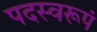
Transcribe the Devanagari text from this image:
पदस्वरूपं